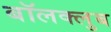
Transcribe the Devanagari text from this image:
बॉलक्लुब